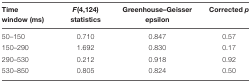
<table><thead><tr><td><b>Time window (ms)</b></td><td><b><i>F</i>(4,124) statistics</b></td><td><b>Greenhouse–Geisser epsilon</b></td><td><b>Corrected <i>p</i></b></td></tr></thead><tbody><tr><td>50–150</td><td>0.710</td><td>0.847</td><td>0.57</td></tr><tr><td>150–290</td><td>1.692</td><td>0.830</td><td>0.17</td></tr><tr><td>290–530</td><td>0.212</td><td>0.918</td><td>0.92</td></tr><tr><td>530–850</td><td>0.805</td><td>0.824</td><td>0.50</td></tr></tbody></table>